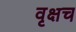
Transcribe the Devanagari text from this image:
वृक्षच